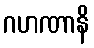
ဂဟဏာနိ